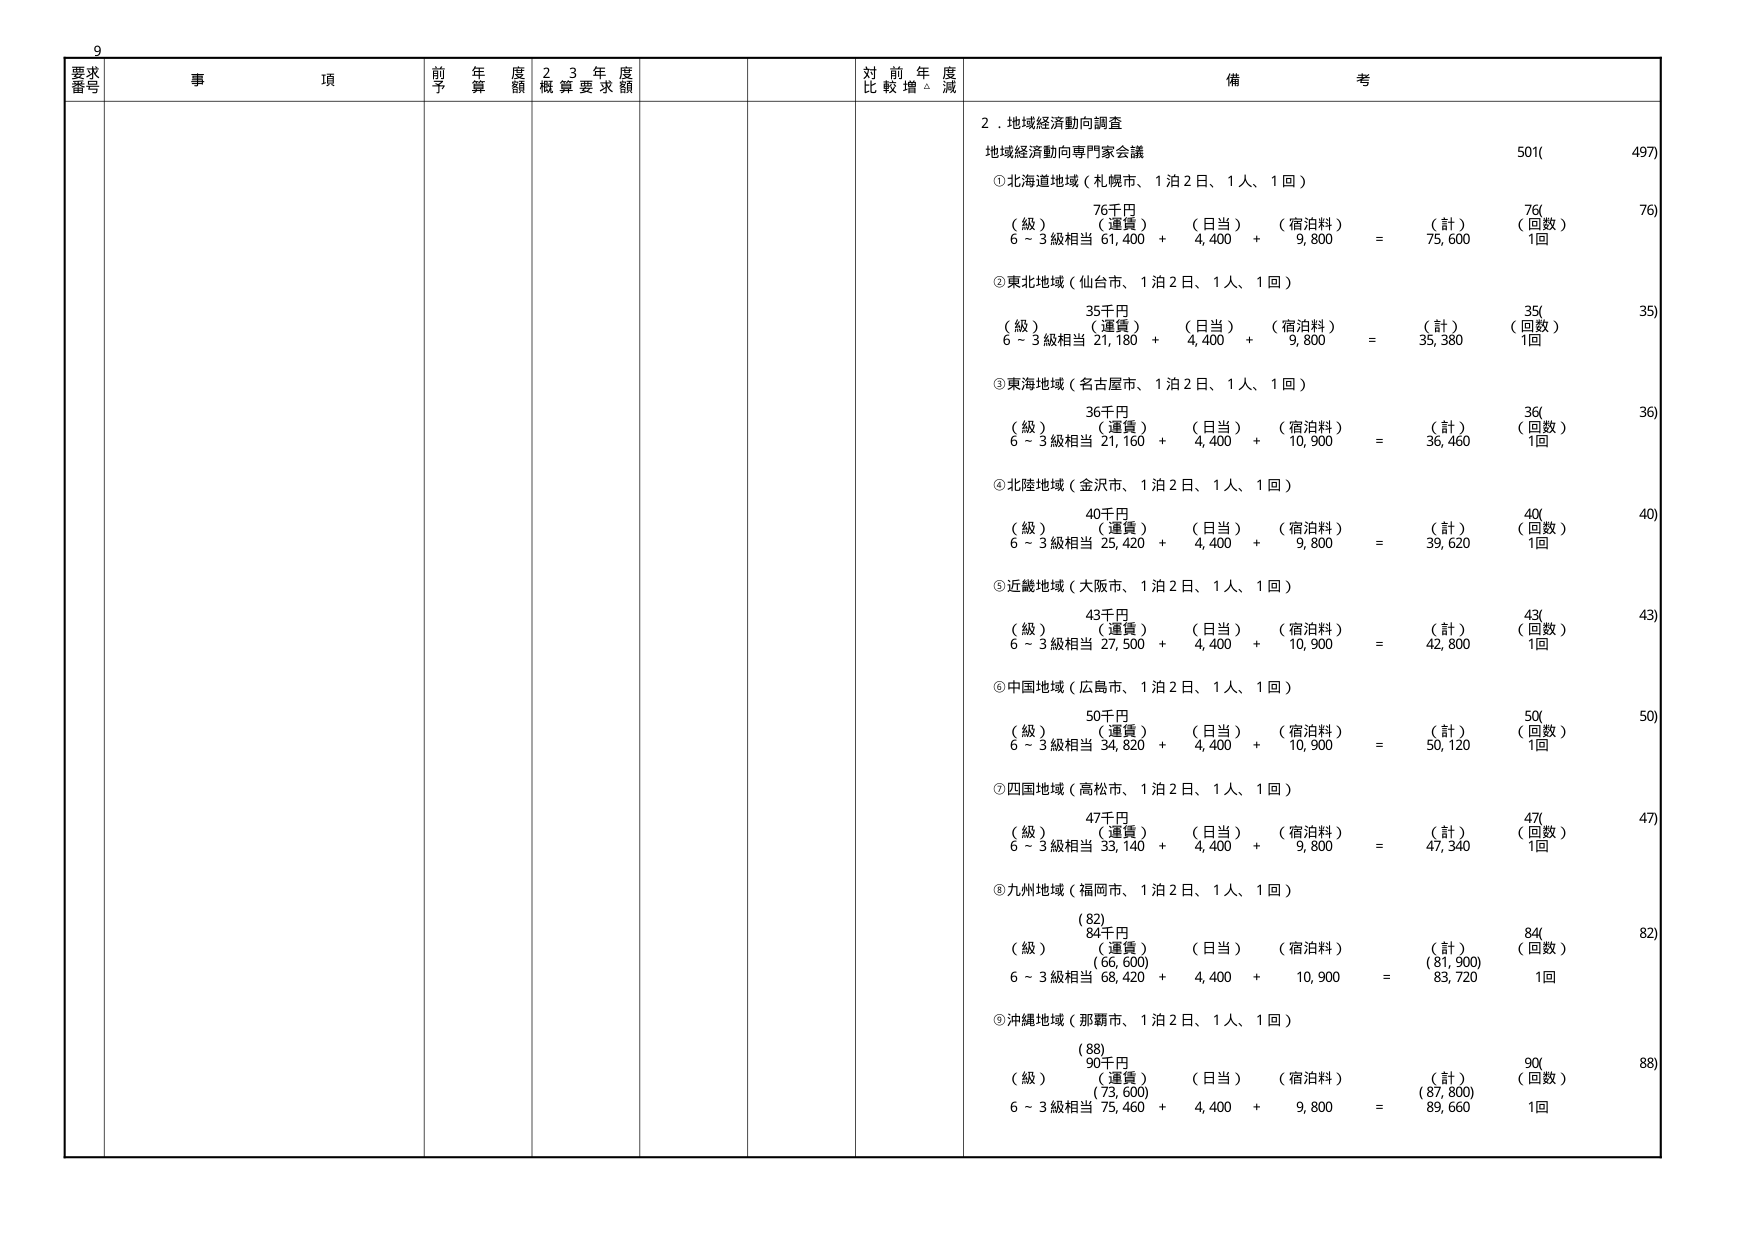
9
要求
番号
事 項
前 年 度 予 算 額
2 3 年 度 概 算 要 求 額
対 前 年 度 比 較 増 △ 減
備 考
2．地域経済動向調査
地域経済動向専門家会議
501( 497)
①北海道地域（札幌市、1泊2日、1人、1回）
76千円
76(
76)
（級） （運賃） （日当） （宿泊料） （計） （回数）
6～3級相当 61,400 + 4,400 + 9,800 = 75,600 1回
②東北地域（仙台市、1泊2日、1人、1回）
35千円
35(
35)
（級） （運賃） （日当） （宿泊料） （計） （回数）
6～3級相当 21,180 + 4,400 + 9,800 = 35,380 1回
③東海地域（名古屋市、1泊2日、1人、1回）
36千円
36(
36)
（級） （運賃） （日当） （宿泊料） （計） （回数）
6～3級相当 21,160 + 4,400 + 10,900 = 36,460 1回
④北陸地域（金沢市、1泊2日、1人、1回）
40千円
40(
40)
（級） （運賃） （日当） （宿泊料） （計） （回数）
6～3級相当 25,420 + 4,400 + 9,800 = 39,620 1回
⑤近畿地域（大阪市、1泊2日、1人、1回）
43千円
43(
43)
（級） （運賃） （日当） （宿泊料） （計） （回数）
6～3級相当 27,500 + 4,400 + 10,900 = 42,800 1回
⑥中国地域（広島市、1泊2日、1人、1回）
50千円
50(
50)
（級） （運賃） （日当） （宿泊料） （計） （回数）
6～3級相当 34,820 + 4,400 + 10,900 = 50,120 1回
⑦四国地域（高松市、1泊2日、1人、1回）
47千円
47(
47)
（級） （運賃） （日当） （宿泊料） （計） （回数）
6～3級相当 33,140 + 4,400 + 9,800 = 47,340 1回
⑧九州地域（福岡市、1泊2日、1人、1回）
(82)
84千円
84(
82)
（級） （運賃） （日当） （宿泊料） （計） （回数）
(66,600) (81,900)
6～3級相当 68,420 + 4,400 + 10,900 = 83,720 1回
⑨沖縄地域（那覇市、1泊2日、1人、1回）
(88)
90千円
90(
88)
（級） （運賃） （日当） （宿泊料） （計） （回数）
(73,600) (87,800)
6～3級相当 75,460 + 4,400 + 9,800 = 89,660 1回